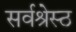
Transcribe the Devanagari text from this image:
सर्वश्रेस्ठ